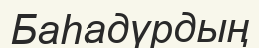
Баһадүрдың